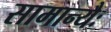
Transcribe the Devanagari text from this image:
सामान्यैः